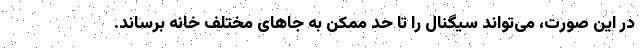
در این صورت، می‌تواند سیگنال را تا حد ممکن به جاهای مختلف خانه برساند.